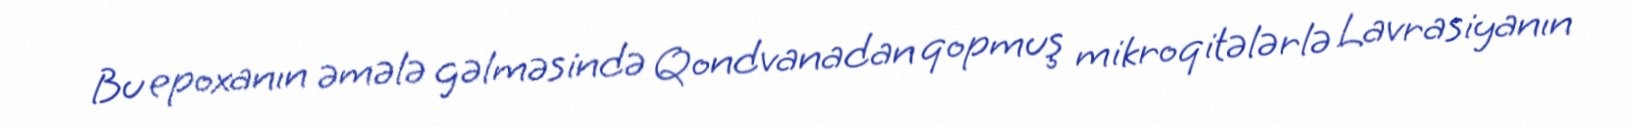
Bu epoxanın əmələ gəlməsində Qondvanadan qopmuş mikroqitələrlə Lavrasiyanın